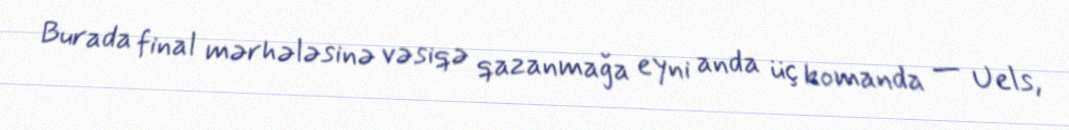
Burada final mərhələsinə vəsiqə qazanmağa eyni anda üç komanda — Uels,